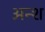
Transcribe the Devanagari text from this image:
अन्श